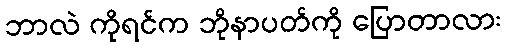
ဘာလဲ ကိုရင်က ဘိုနာပတ်ကို ပြောတာလား